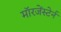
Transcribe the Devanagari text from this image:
मॉरजेंस्टेर्न